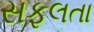
સફલતા